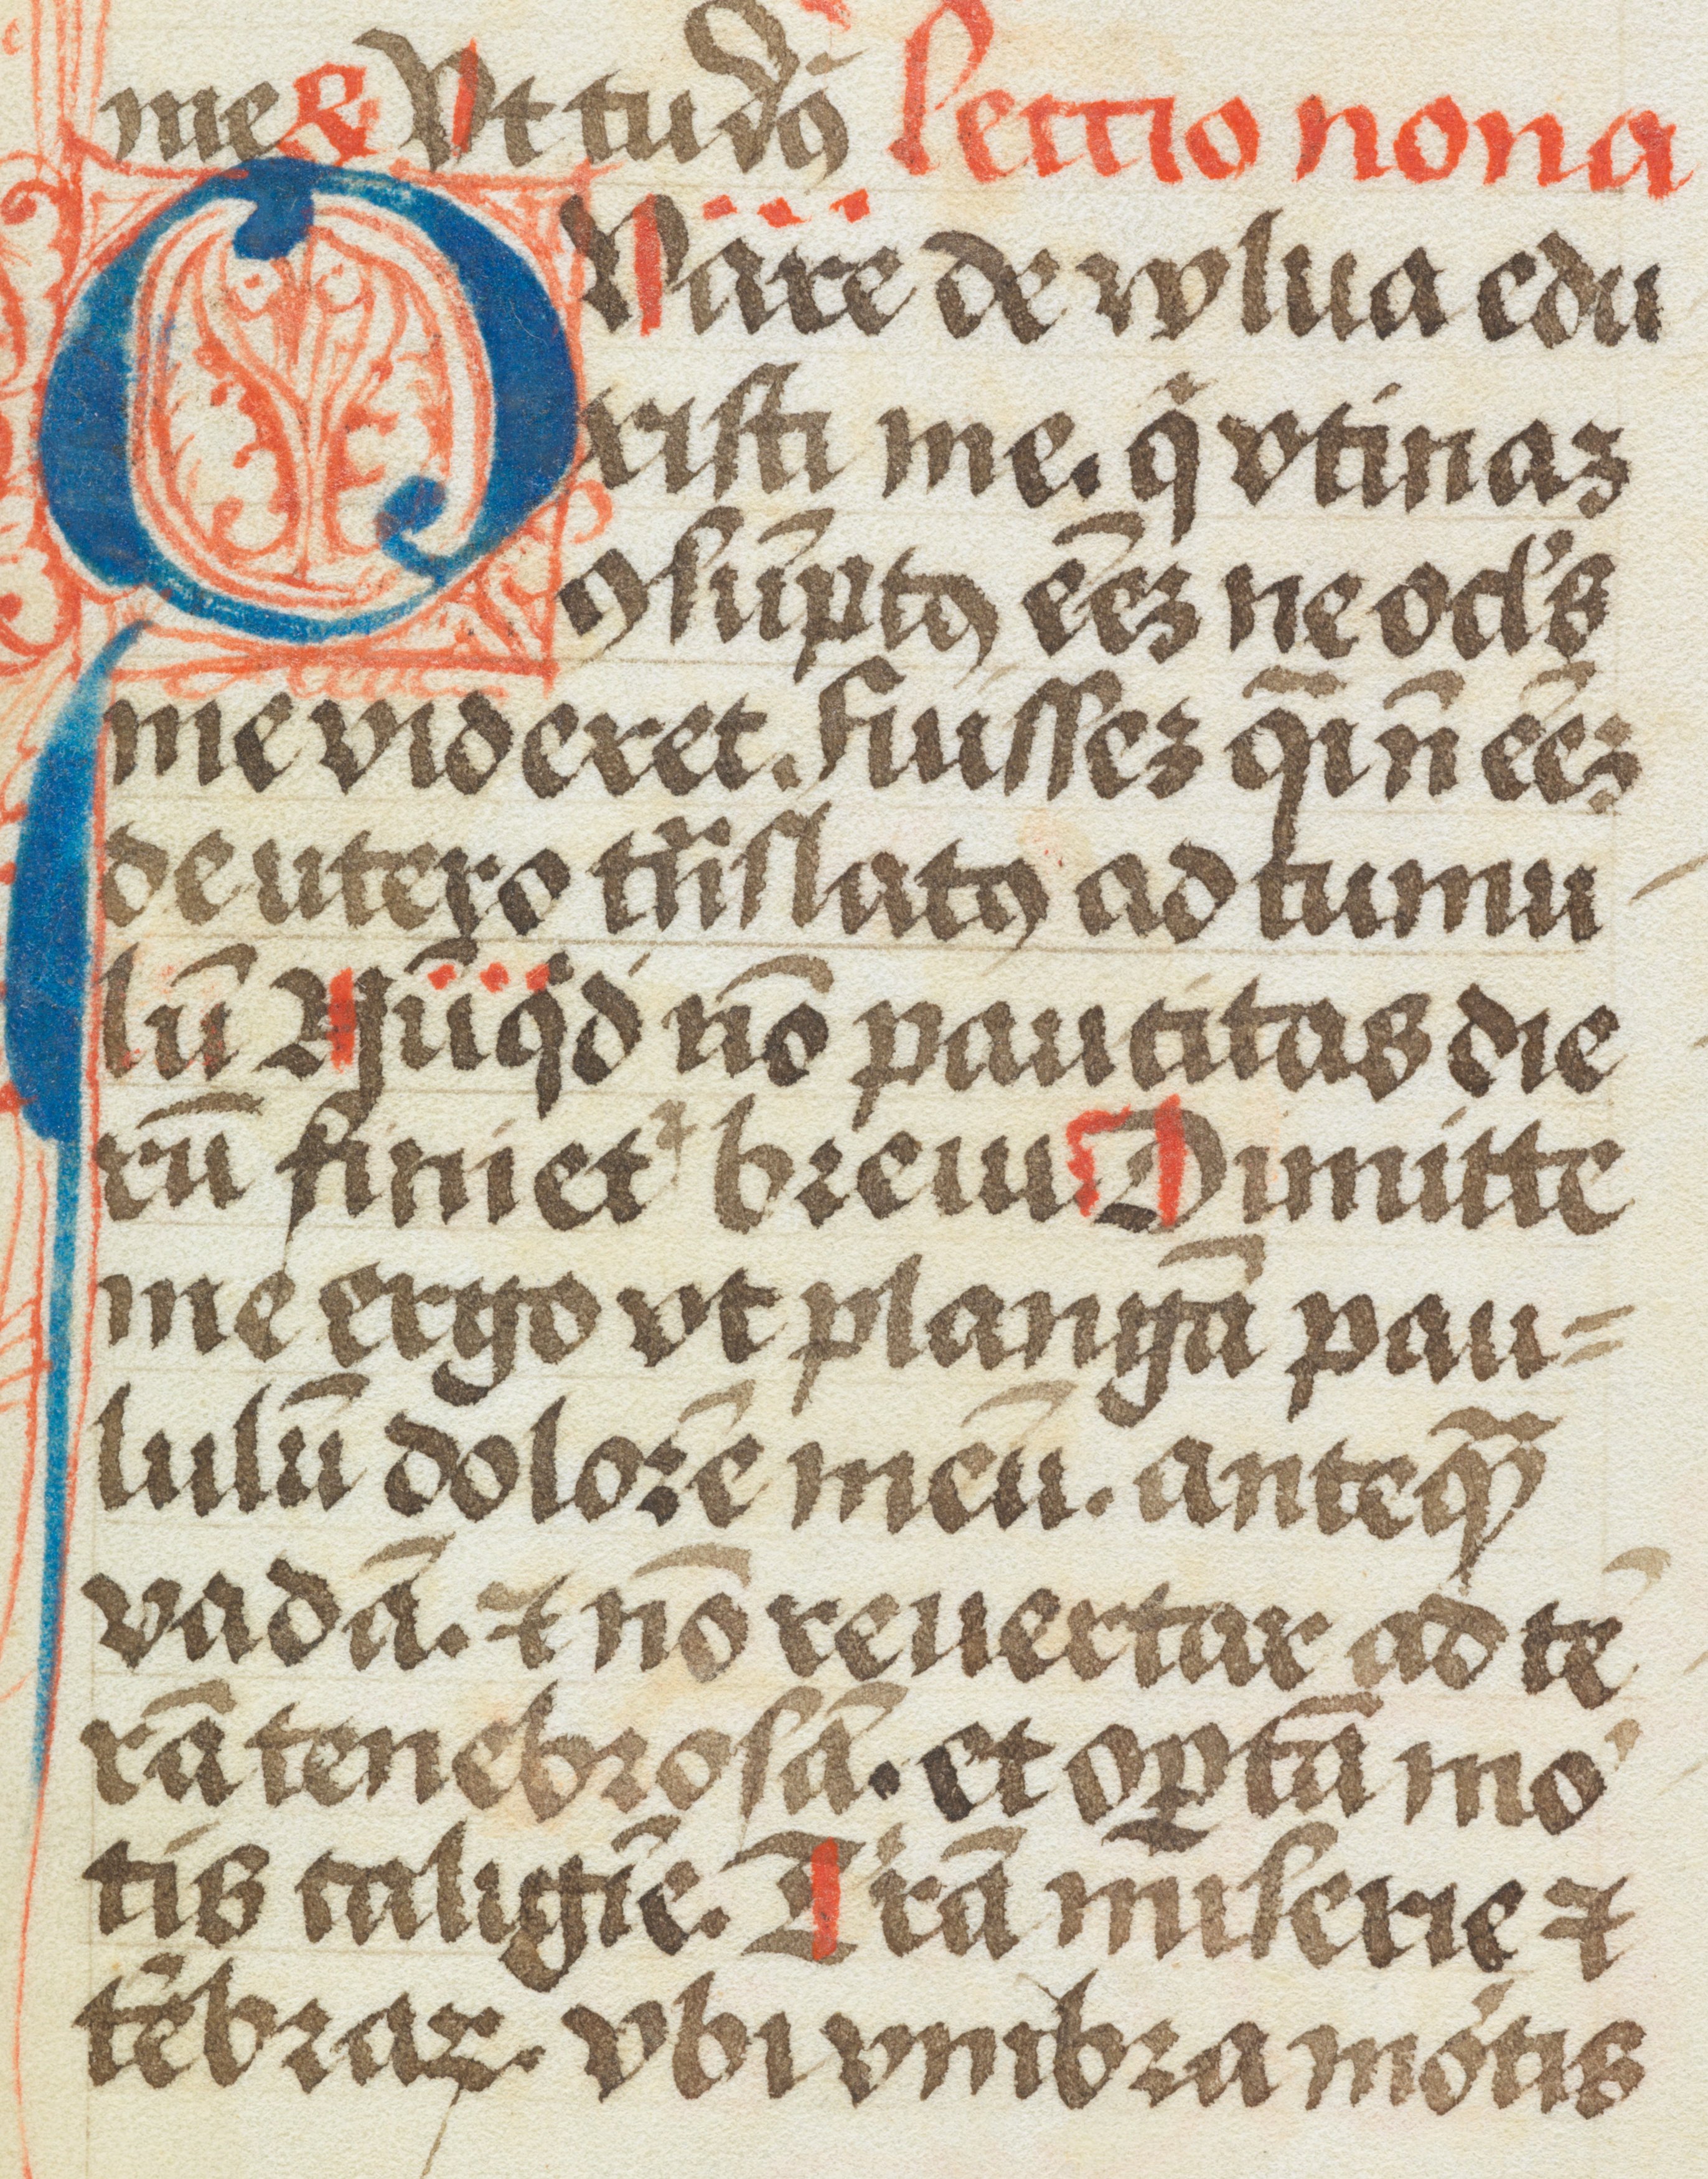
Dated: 1450–1499